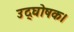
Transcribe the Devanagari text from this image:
उद्घोषक।